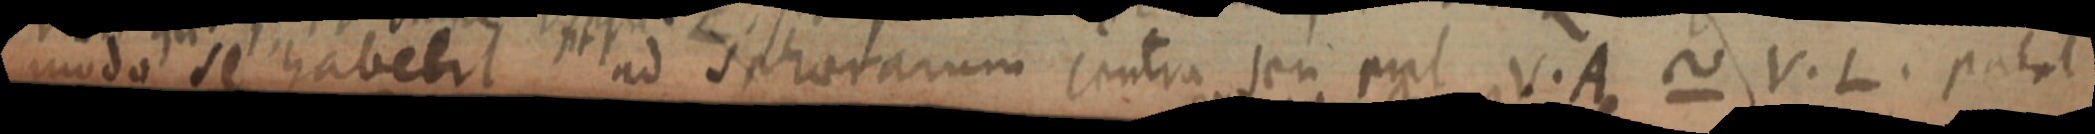
modo se habebit ad sphaerarum centra, seu nal V. A ~ V. L. patet